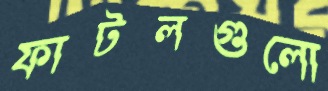
ফাটলগুলো